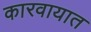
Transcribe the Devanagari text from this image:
कारवायात